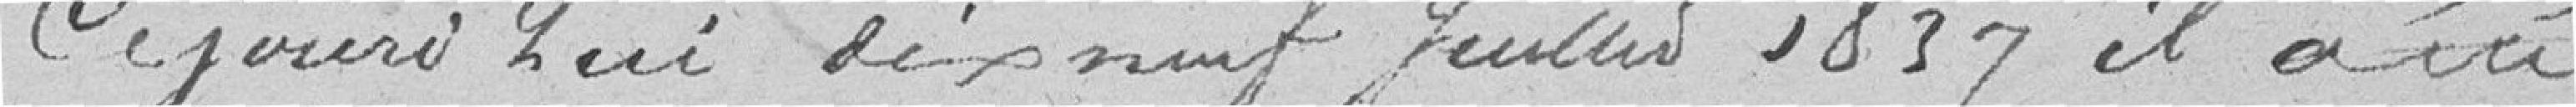
Cejourd'hui dix neuf juillet 1837 il a été